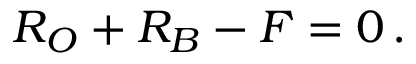
R _ { O } + R _ { B } - F = 0 \, .